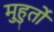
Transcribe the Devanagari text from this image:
मुहुर्तों